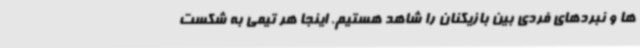
ها و نبردهای فردی بین بازیکنان را شاهد هستیم. اینجا هر تیمی به شکست